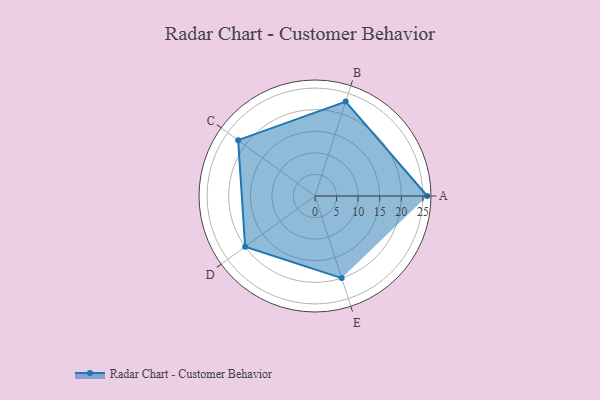
{"axis": {"x": "Skill", "y": "Score"}, "legend": ["Profile"], "data": [{"x": "A", "y": 26.0, "type": "Profile"}, {"x": "B", "y": 23.0, "type": "Profile"}, {"x": "C", "y": 22.0, "type": "Profile"}, {"x": "D", "y": 20.0, "type": "Profile"}, {"x": "E", "y": 20, "type": "Profile"}]}